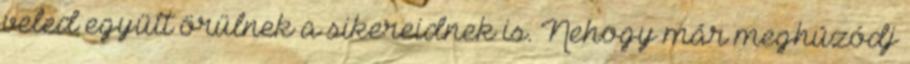
veled együtt örülnek a sikereidnek is. Nehogy már meghúzódj